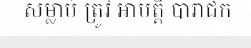
សម្លាប់ ត្រូវ អាបត្តិ បារាជិក